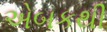
એબકથી